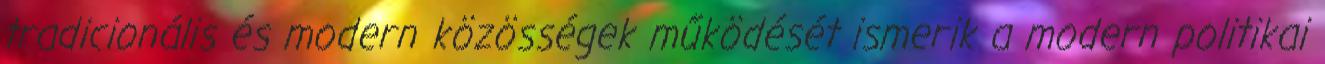
tradicionális és modern közösségek működését ismerik a modern politikai